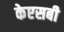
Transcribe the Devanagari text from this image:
केएसबी